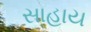
સાહાય